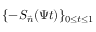
\{ - S _ { \vec { n } } ( \Psi t ) \} _ { 0 \leq t \leq 1 }